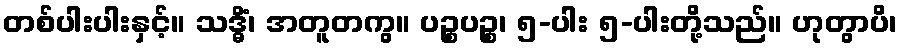
တစ်ပါးပါးနှင့်။ သဒ္ဓိံ၊ အတူတကွ။ ပဉ္စပဉ္စ၊ ၅-ပါး ၅-ပါးတို့သည်။ ဟုတွာပိ၊